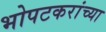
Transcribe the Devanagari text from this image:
भोपटकरांच्या